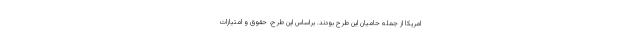
امریکا از جمله حامیان این طرح بودند. براساس این طرح، حقوق و امتیازات